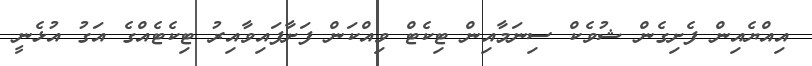
އިއްޔެއިން ފެށިގެން ޝުވެކް ސިނަމާއިން ޓިކެޓް ވިއްކަން ފަށާފައިވާއިރު ޓިކެޓެއްގެ އަގު އުޅެނީ